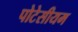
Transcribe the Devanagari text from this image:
पोटेसीयम